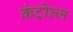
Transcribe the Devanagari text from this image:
कंट्रोल्ज़